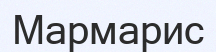
Мармарис